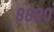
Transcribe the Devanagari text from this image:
८८९०